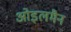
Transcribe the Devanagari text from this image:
ओइलमैन